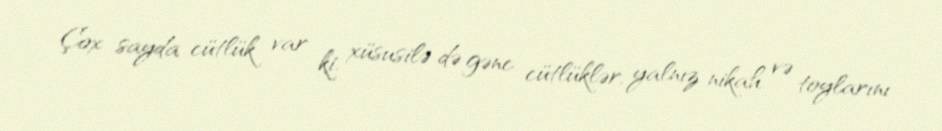
Çox sayda cütlük var ki, xüsusilə də gənc cütlüklər, yalnız nikah və toylarını